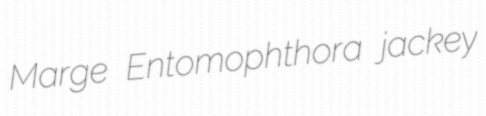
Marge Entomophthora jackey